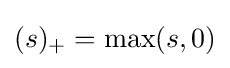
(s)_{+}=\max(s,0)